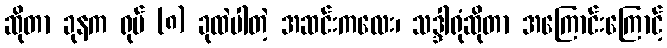
ဆိုတာ ခုနက ရုပ် (၈) ခုထဲပါတဲ့ အဆင်းကလေး၊ သဒ္ဒါရုံဆိုတာ အကြောင်းကြောင့်